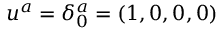
u ^ { a } = \delta _ { 0 } ^ { a } = ( 1 , 0 , 0 , 0 )